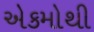
એકમોથી